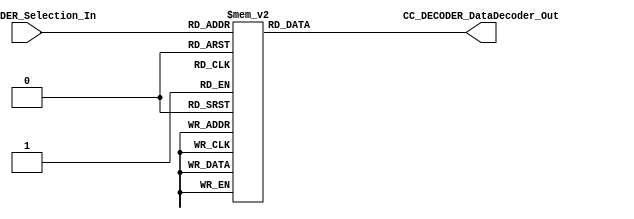
//##########################################################################
//######					G0B1T HDL EXAMPLES											####
//######	Fredy Enrique Segura-Quijano fsegura@uniandes.edu.co				####   
//######																						####   
//######				MODIFICADO: Marzo de 2018 - FES								####   
//##########################################################################
//# G0B1T
//# Copyright (C) 2018 Bogot, Colombia
//# 
//# This program is free software: you can redistribute it and/or modify
//# it under the terms of the GNU General Public License as published by
//# the Free Software Foundation, version 3 of the License.
//#
//# This program is distributed in the hope that it will be useful,
//# but WITHOUT ANY WARRANTY; without even the implied warranty of
//# MERCHANTABILITY or FITNESS FOR A PARTICULAR PURPOSE.  See the
//# GNU General Public License for more details.
//#
//# You should have received a copy of the GNU General Public License
//# along with this program.  If not, see <http://www.gnu.org/licenses/>.
//#/
//###########################################################################

//=======================================================
//  MODULE Definition
//=======================================================
module CC_DECODER #(parameter DATAWIDTH_DECODER_SELECTION=6, parameter DATAWIDTH_DECODER_OUT=38)(
	//////////// OUTPUTS //////////
	CC_DECODER_DataDecoder_Out,
	//////////// INPUTS //////////
	CC_DECODER_Selection_In
);
//=======================================================
//  PARAMETER declarations
//=======================================================

//=======================================================
//  PORT declarations
//=======================================================
	output reg	[DATAWIDTH_DECODER_OUT-1:0] CC_DECODER_DataDecoder_Out;
	input			[DATAWIDTH_DECODER_SELECTION-1:0] CC_DECODER_Selection_In;
//=======================================================
//  REG/WIRE declarations
//=======================================================

//=======================================================
//  Structural coding
//=======================================================
//INPUT LOGIC: COMBINATIONAL
	always@(*)
	begin
	case (CC_DECODER_Selection_In)	
		6'b000000: CC_DECODER_DataDecoder_Out = 38'b00000000000000000000000000000000000001;
		6'b000001: CC_DECODER_DataDecoder_Out = 38'b00000000000000000000000000000000000010;
		6'b000010: CC_DECODER_DataDecoder_Out = 38'b00000000000000000000000000000000000100;
		6'b000011: CC_DECODER_DataDecoder_Out = 38'b00000000000000000000000000000000001000;
		6'b000100: CC_DECODER_DataDecoder_Out = 38'b00000000000000000000000000000000010000;
		6'b000101: CC_DECODER_DataDecoder_Out = 38'b00000000000000000000000000000000100000;
		6'b000110: CC_DECODER_DataDecoder_Out = 38'b00000000000000000000000000000001000000;
		6'b000111: CC_DECODER_DataDecoder_Out = 38'b00000000000000000000000000000010000000;
		6'b001000: CC_DECODER_DataDecoder_Out = 38'b00000000000000000000000000000100000000;
		6'b001001: CC_DECODER_DataDecoder_Out = 38'b00000000000000000000000000001000000000;
		6'b001010: CC_DECODER_DataDecoder_Out = 38'b00000000000000000000000000010000000000;
		6'b001011: CC_DECODER_DataDecoder_Out = 38'b00000000000000000000000000100000000000;
		6'b001100: CC_DECODER_DataDecoder_Out = 38'b00000000000000000000000001000000000000;
		6'b001101: CC_DECODER_DataDecoder_Out = 38'b00000000000000000000000010000000000000;
		6'b001110: CC_DECODER_DataDecoder_Out = 38'b00000000000000000000000100000000000000;
		6'b001111: CC_DECODER_DataDecoder_Out = 38'b00000000000000000000001000000000000000;
		6'b010000: CC_DECODER_DataDecoder_Out = 38'b00000000000000000000010000000000000000;
		6'b010001: CC_DECODER_DataDecoder_Out = 38'b00000000000000000000100000000000000000;
		6'b010010: CC_DECODER_DataDecoder_Out = 38'b00000000000000000001000000000000000000;
		6'b010011: CC_DECODER_DataDecoder_Out = 38'b00000000000000000010000000000000000000;
		6'b010100: CC_DECODER_DataDecoder_Out = 38'b00000000000000000100000000000000000000;
		6'b010101: CC_DECODER_DataDecoder_Out = 38'b00000000000000001000000000000000000000;
		6'b010110: CC_DECODER_DataDecoder_Out = 38'b00000000000000010000000000000000000000;
		6'b010111: CC_DECODER_DataDecoder_Out = 38'b00000000000000100000000000000000000000;
		6'b011000: CC_DECODER_DataDecoder_Out = 38'b00000000000001000000000000000000000000;
		6'b011001: CC_DECODER_DataDecoder_Out = 38'b00000000000010000000000000000000000000;
		6'b011010: CC_DECODER_DataDecoder_Out = 38'b00000000000100000000000000000000000000;
		6'b011011: CC_DECODER_DataDecoder_Out = 38'b00000000001000000000000000000000000000;
		6'b011100: CC_DECODER_DataDecoder_Out = 38'b00000000010000000000000000000000000000;
		6'b011101: CC_DECODER_DataDecoder_Out = 38'b00000000100000000000000000000000000000;
		6'b011110: CC_DECODER_DataDecoder_Out = 38'b00000001000000000000000000000000000000;
		6'b011111: CC_DECODER_DataDecoder_Out = 38'b00000010000000000000000000000000000000;
		6'b100000: CC_DECODER_DataDecoder_Out = 38'b00000100000000000000000000000000000000;
		6'b100001: CC_DECODER_DataDecoder_Out = 38'b00001000000000000000000000000000000000;
		6'b100010: CC_DECODER_DataDecoder_Out = 38'b00010000000000000000000000000000000000;
		6'b100011: CC_DECODER_DataDecoder_Out = 38'b00100000000000000000000000000000000000;
		6'b100100: CC_DECODER_DataDecoder_Out = 38'b01000000000000000000000000000000000000;
		6'b100101: CC_DECODER_DataDecoder_Out = 38'b10000000000000000000000000000000000000;
		default : CC_DECODER_DataDecoder_Out = 38'b00000000000000000000000000000000000000;
		endcase
	end
//=======================================================
//  Outputs
//=======================================================
// OUTPUT LOGIC : COMBINATIONAL

endmodule